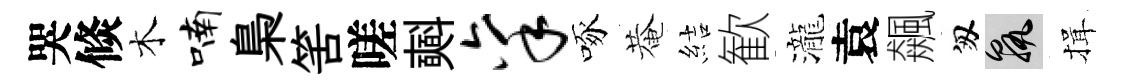
哭倐木喃梟筈嗟𣂏禀啄菴結歓瀧袁飆匆孰揖